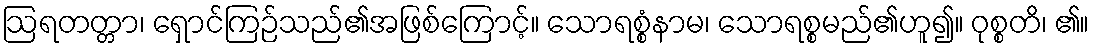
ဩရတတ္တာ၊ ရှောင်ကြဉ်သည်၏အဖြစ်ကြောင့်။ သောရစ္စံနာမ၊ သောရစ္စမည်၏ဟူ၍။ ဝုစ္စတိ၊ ၏။